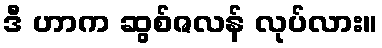
ဒီ ဟာက ဆွစ်ဇလန် လုပ်လား။